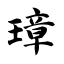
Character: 璋